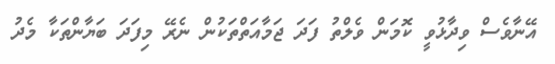
އޭނާވެސް ވިދާޅުވީ ކޮމަން ވެލްތު ފަދަ ޖަމާއަތްތަކުން ނެރޭ މިފަދަ ބަޔާންތަކާ މެދު